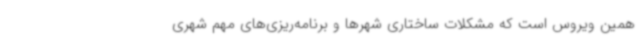
همین ویروس است که مشکلات ساختاری شهرها و برنامه‌ریزی‌های مهم شهری